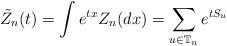
LaTeX: \begin{align*}\tilde Z_n (t) = \int e^{tx}Z_n (dx) = \sum_{u\in\mathbb{T}_n} e^{tS_u} \end{align*}